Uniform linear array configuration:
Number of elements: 4
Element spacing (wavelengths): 0.75
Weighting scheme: cosine
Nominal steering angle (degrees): -30
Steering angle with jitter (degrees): -30.574
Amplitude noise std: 0.05
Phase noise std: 0.05

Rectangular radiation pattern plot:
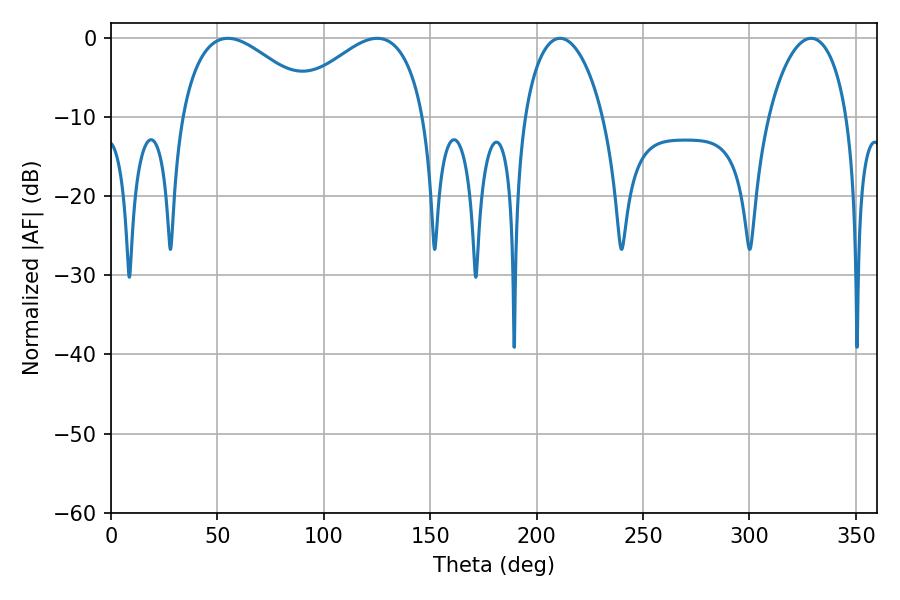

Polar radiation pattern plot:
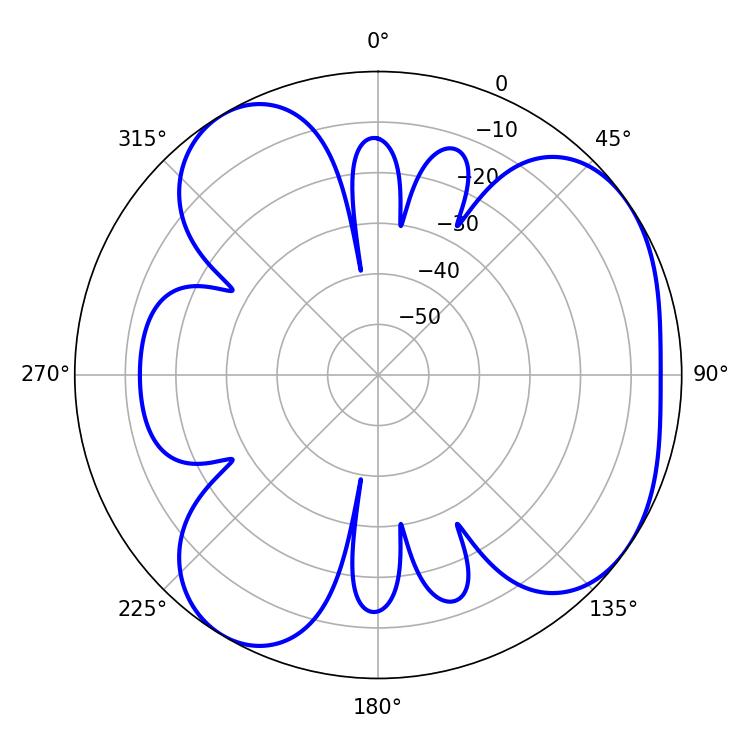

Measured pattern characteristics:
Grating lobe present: TRUE
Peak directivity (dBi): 4.953
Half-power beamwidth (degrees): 35.64
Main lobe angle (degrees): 54.9